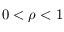
0 < \rho < 1